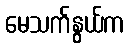
မေသက်နွယ်က